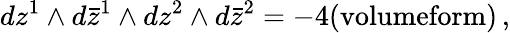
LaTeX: dz^{1}\wedge d\bar{z}^{1}\wedge dz^{2}\wedge d\bar{z}^{2}=-4(\textrm{volumeform})\, ,